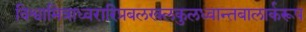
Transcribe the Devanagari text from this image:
विश्वामित्राध्वरारिप्रबलखलकुलध्वान्तबालार्करूप